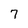
Character: 7